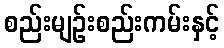
စည်းမျဉ်းစည်းကမ်းနှင့်